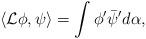
LaTeX: \begin{align*}\langle \mathcal{L}\phi,\psi\rangle=\int \phi' \bar{\psi}'d\alpha,\end{align*}